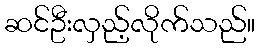
ဆင်ဦးလှည့်လိုက်သည်။